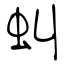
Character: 虯